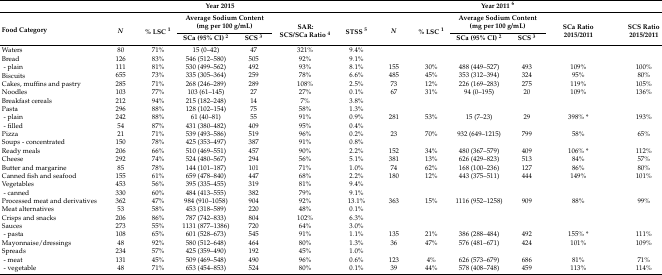
<table><thead><tr><td></td><td colspan="5"><b>Year 2015</b></td><td colspan="3"></td><td colspan="2"><b>Year 2011 <sup>6</sup></b></td><td colspan="2"></td></tr><tr><td rowspan="2"><b>Food Category</b></td><td rowspan="2"><b><i>N</i></b></td><td rowspan="2"><b>% LSC <sup>1</sup></b></td><td colspan="2"><b>Average Sodium Content (mg per 100 g/mL)</b></td><td rowspan="2"><b>SAR: SCS/SCA Ratio <sup>4</sup></b></td><td rowspan="2"><b>STSS <sup>5</sup></b></td><td rowspan="2"><b><i>N</i></b></td><td rowspan="2"><b>% LSC <sup>1</sup></b></td><td colspan="2"><b>Average Sodium Content (mg per 100 g/mL)</b></td><td rowspan="2"><b>SCA Ratio 2015/2011</b></td><td rowspan="2"><b>SCS Ratio 2015/2011</b></td></tr><tr><td><b>SCA (95% CI) <sup>2</sup></b></td><td><b>SCS <sup>3</sup></b></td><td><b>SCA (95% CI) <sup>2</sup></b></td><td><b>SCS <sup>3</sup></b></td></tr></thead><tbody><tr><td>Waters</td><td>80</td><td>71%</td><td>15 (0–42)</td><td>47</td><td>321%</td><td>9.4%</td><td></td><td></td><td></td><td></td><td></td><td></td></tr><tr><td>Bread</td><td>126</td><td>83%</td><td>546 (512–580)</td><td>505</td><td>92%</td><td>9.1%</td><td></td><td></td><td></td><td></td><td></td><td></td></tr><tr><td> - plain</td><td>111</td><td>81%</td><td>530 (499–562)</td><td>492</td><td>93%</td><td>8.1%</td><td>155</td><td>30%</td><td>488 (449–527)</td><td>493</td><td>109%</td><td>100%</td></tr><tr><td>Biscuits</td><td>655</td><td>73%</td><td>335 (305–364)</td><td>259</td><td>78%</td><td>6.6%</td><td>485</td><td>45%</td><td>353 (312–394)</td><td>324</td><td>95%</td><td>80%</td></tr><tr><td>Cakes, muffins and pastry</td><td>285</td><td>71%</td><td>268 (246–289)</td><td>289</td><td>108%</td><td>2.5%</td><td>73</td><td>12%</td><td>226 (169–283)</td><td>275</td><td>119%</td><td>105%</td></tr><tr><td>Noodles</td><td>103</td><td>77%</td><td>103 (61–145)</td><td>27</td><td>27%</td><td>0.1%</td><td>67</td><td>31%</td><td>94 (0–195)</td><td>20</td><td>109%</td><td>136%</td></tr><tr><td>Breakfast cereals</td><td>212</td><td>94%</td><td>215 (182–248)</td><td>14</td><td>7%</td><td>3.8%</td><td></td><td></td><td></td><td></td><td></td><td></td></tr><tr><td>Pasta</td><td>296</td><td>88%</td><td>128 (102–154)</td><td>75</td><td>58%</td><td>1.3%</td><td></td><td></td><td></td><td></td><td></td><td></td></tr><tr><td> - plain</td><td>242</td><td>88%</td><td>61 (40–81)</td><td>55</td><td>91%</td><td>0.9%</td><td>281</td><td>53%</td><td>15 (7–23)</td><td>29</td><td>398% *</td><td>193%</td></tr><tr><td> - filled</td><td>54</td><td>87%</td><td>431 (380–482)</td><td>409</td><td>95%</td><td>0.4%</td><td></td><td></td><td></td><td></td><td></td><td></td></tr><tr><td>Pizza</td><td>21</td><td>71%</td><td>539 (493–586)</td><td>519</td><td>96%</td><td>0.2%</td><td>23</td><td>70%</td><td>932 (649–1215)</td><td>799</td><td>58%</td><td>65%</td></tr><tr><td>Soups - concentrated</td><td>150</td><td>78%</td><td>425 (353–497)</td><td>387</td><td>91%</td><td>0.8%</td><td></td><td></td><td></td><td></td><td></td><td></td></tr><tr><td>Ready meals</td><td>206</td><td>66%</td><td>510 (469–551)</td><td>457</td><td>90%</td><td>2.2%</td><td>152</td><td>34%</td><td>480 (367–579)</td><td>409</td><td>106% *</td><td>112%</td></tr><tr><td>Cheese</td><td>292</td><td>74%</td><td>524 (480–567)</td><td>294</td><td>56%</td><td>5.1%</td><td>381</td><td>13%</td><td>626 (429–823)</td><td>513</td><td>84%</td><td>57%</td></tr><tr><td>Butter and margarine</td><td>85</td><td>78%</td><td>144 (101–187)</td><td>101</td><td>71%</td><td>1.0%</td><td>74</td><td>62%</td><td>168 (100–236)</td><td>127</td><td>86%</td><td>80%</td></tr><tr><td>Canned fish and seafood</td><td>155</td><td>61%</td><td>659 (478–840)</td><td>447</td><td>68%</td><td>2.2%</td><td>180</td><td>12%</td><td>443 (375–511)</td><td>444</td><td>149%</td><td>101%</td></tr><tr><td>Vegetables</td><td>453</td><td>56%</td><td>395 (335–455)</td><td>319</td><td>81%</td><td>9.4%</td><td></td><td></td><td></td><td></td><td></td><td></td></tr><tr><td> - canned</td><td>330</td><td>60%</td><td>484 (413–555)</td><td>382</td><td>79%</td><td>9.1%</td><td></td><td></td><td></td><td></td><td></td><td></td></tr><tr><td>Processed meat and derivatives</td><td>362</td><td>47%</td><td>984 (910–1058)</td><td>904</td><td>92%</td><td>13.1%</td><td>363</td><td>15%</td><td>1116 (952–1258)</td><td>909</td><td>88%</td><td>99%</td></tr><tr><td>Meat alternatives</td><td>53</td><td>58%</td><td>453 (318–589)</td><td>220</td><td>48%</td><td>0.1%</td><td></td><td></td><td></td><td></td><td></td><td></td></tr><tr><td>Crisps and snacks</td><td>206</td><td>86%</td><td>787 (742–833)</td><td>804</td><td>102%</td><td>6.3%</td><td></td><td></td><td></td><td></td><td></td><td></td></tr><tr><td>Sauces</td><td>273</td><td>55%</td><td>1131 (877–1386)</td><td>720</td><td>64%</td><td>3.0%</td><td></td><td></td><td></td><td></td><td></td><td></td></tr><tr><td> - pasta</td><td>108</td><td>65%</td><td>601 (528–673)</td><td>545</td><td>91%</td><td>1.1%</td><td>135</td><td>21%</td><td>386 (288–484)</td><td>492</td><td>155% *</td><td>111%</td></tr><tr><td>Mayonnaise/dressings</td><td>48</td><td>92%</td><td>580 (512–648)</td><td>464</td><td>80%</td><td>1.3%</td><td>36</td><td>47%</td><td>576 (481–671)</td><td>424</td><td>101%</td><td>109%</td></tr><tr><td>Spreads</td><td>234</td><td>57%</td><td>425 (359–490)</td><td>192</td><td>45%</td><td>1.0%</td><td></td><td></td><td></td><td></td><td></td><td></td></tr><tr><td> - meat</td><td>131</td><td>45%</td><td>509 (469–548)</td><td>490</td><td>96%</td><td>0.6%</td><td>123</td><td>4%</td><td>626 (573–679)</td><td>686</td><td>81%</td><td>71%</td></tr><tr><td> - vegetable</td><td>48</td><td>71%</td><td>653 (454–853)</td><td>524</td><td>80%</td><td>0.1%</td><td>39</td><td>44%</td><td>578 (408–748)</td><td>459</td><td>113%</td><td>114%</td></tr></tbody></table>